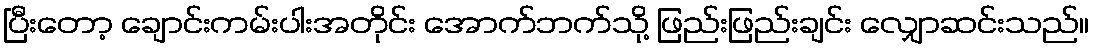
ပြီးတော့ ချောင်းကမ်းပါးအတိုင်း အောက်ဘက်သို့ ဖြည်းဖြည်းချင်း လျှောဆင်းသည်။